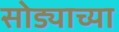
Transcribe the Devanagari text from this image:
सोड्याच्या